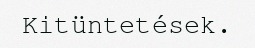
Kitüntetések.